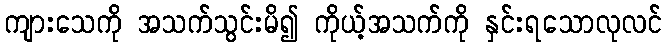
ကျားသေကို အသက်သွင်းမိ၍ ကိုယ့်အသက်ကို နှင်းရသောလုလင်